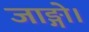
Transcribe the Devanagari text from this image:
जाङ्गो।